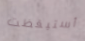
أستيقظت